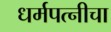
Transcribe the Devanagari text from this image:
धर्मपत्‍नीचा